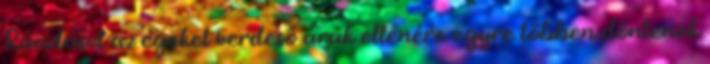
Ráadásul az egeket verdeső árak ellenére egyre többen döntenek